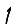
Digit: 1